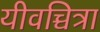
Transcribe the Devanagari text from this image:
यीवच्चित्रा